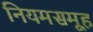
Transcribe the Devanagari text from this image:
नियमसमूह